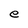
Character: e